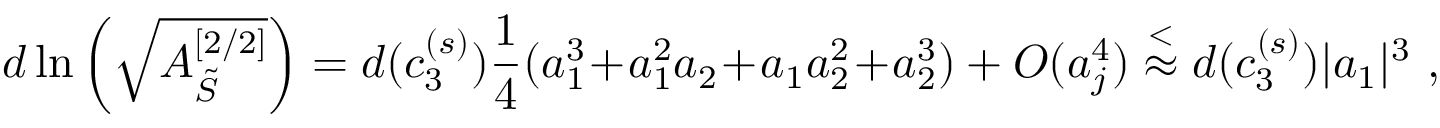
d \ln \left( \sqrt { { \cal A } _ { \tilde { S } } ^ { [ 2 / 2 ] } } \right) = d ( c _ { 3 } ^ { ( s ) } ) \frac { 1 } { 4 } ( a _ { 1 } ^ { 3 } \! + \! a _ { 1 } ^ { 2 } a _ { 2 } \! + \! a _ { 1 } a _ { 2 } ^ { 2 } \! + \! a _ { 2 } ^ { 3 } ) + { \cal O } ( a _ { j } ^ { 4 } ) \stackrel { < } { \approx } d ( c _ { 3 } ^ { ( s ) } ) | a _ { 1 } | ^ { 3 } \ ,